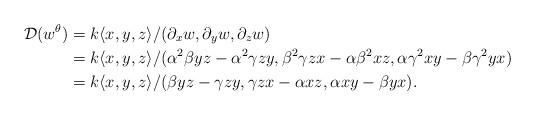
LaTeX: \begin{align*}\mathcal{D}(w^{\theta})&=k\langle x,y,z\rangle/(\partial_{x}w,\partial_{y}w,\partial_{z}w)\\&=k\langle x,y,z\rangle/(\alpha^{2}\beta yz-\alpha^{2}\gamma zy,\beta^{2}\gamma zx-\alpha\beta^{2}xz,\alpha\gamma^{2}xy-\beta\gamma^{2}yx)\\&=k\langle x,y,z\rangle/(\beta yz-\gamma zy,\gamma zx-\alpha xz,\alpha xy-\beta yx). \end{align*}